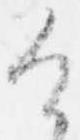
け